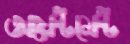
অয়েন্টমেন্ট